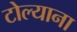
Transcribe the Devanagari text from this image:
टोल्याना